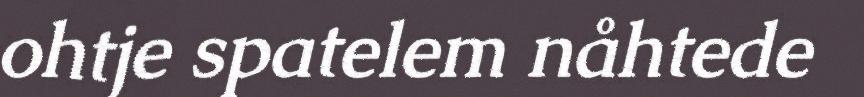
ohtje spatelem nåhtede